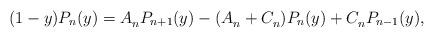
LaTeX: \begin{align*} (1-y)P_n(y)=A^{}_nP_{n+1}(y) -(A^{}_n+C^{}_n)P_n(y) +C^{}_nP_{n-1}(y), \end{align*}